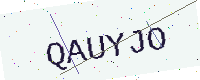
Text: QAUYJO